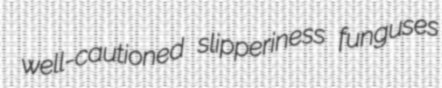
well-cautioned slipperiness funguses